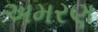
અમરણ